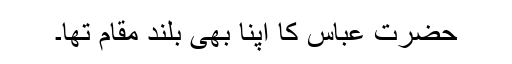
حضرت عباس کا اپنا بھی بلند مقام تھا۔